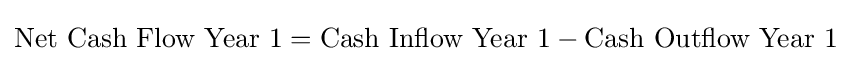
{\text{Net Cash Flow Year 1}}={\text{Cash Inflow Year 1}}-{\text{Cash Outflow Year 1}}